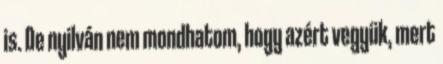
is. De nyilván nem mondhatom, hogy azért vegyük, mert